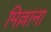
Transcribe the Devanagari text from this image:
मिल्लाना